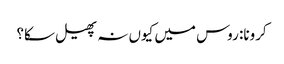
کرونا: روس میں کیوں نہ پھیل سکا؟